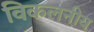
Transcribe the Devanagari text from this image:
विकलनीय